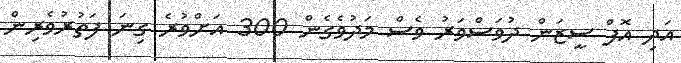
އަދި އޮފް ސީޒަން ދުވަސްވަރު ވެސް މަދުވެގެން 300 އަށްވުރެ ގިނަ ފަތުރުވެރިން